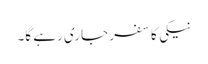
نیکی کا سفر جاری رہے گا۔